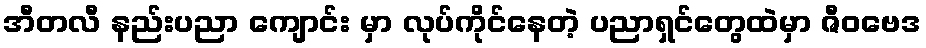
အီတလီ နည်းပညာ ကျောင်း မှာ လုပ်ကိုင်နေတဲ့ ပညာရှင်တွေထဲမှာ ဇီဝဗေဒ